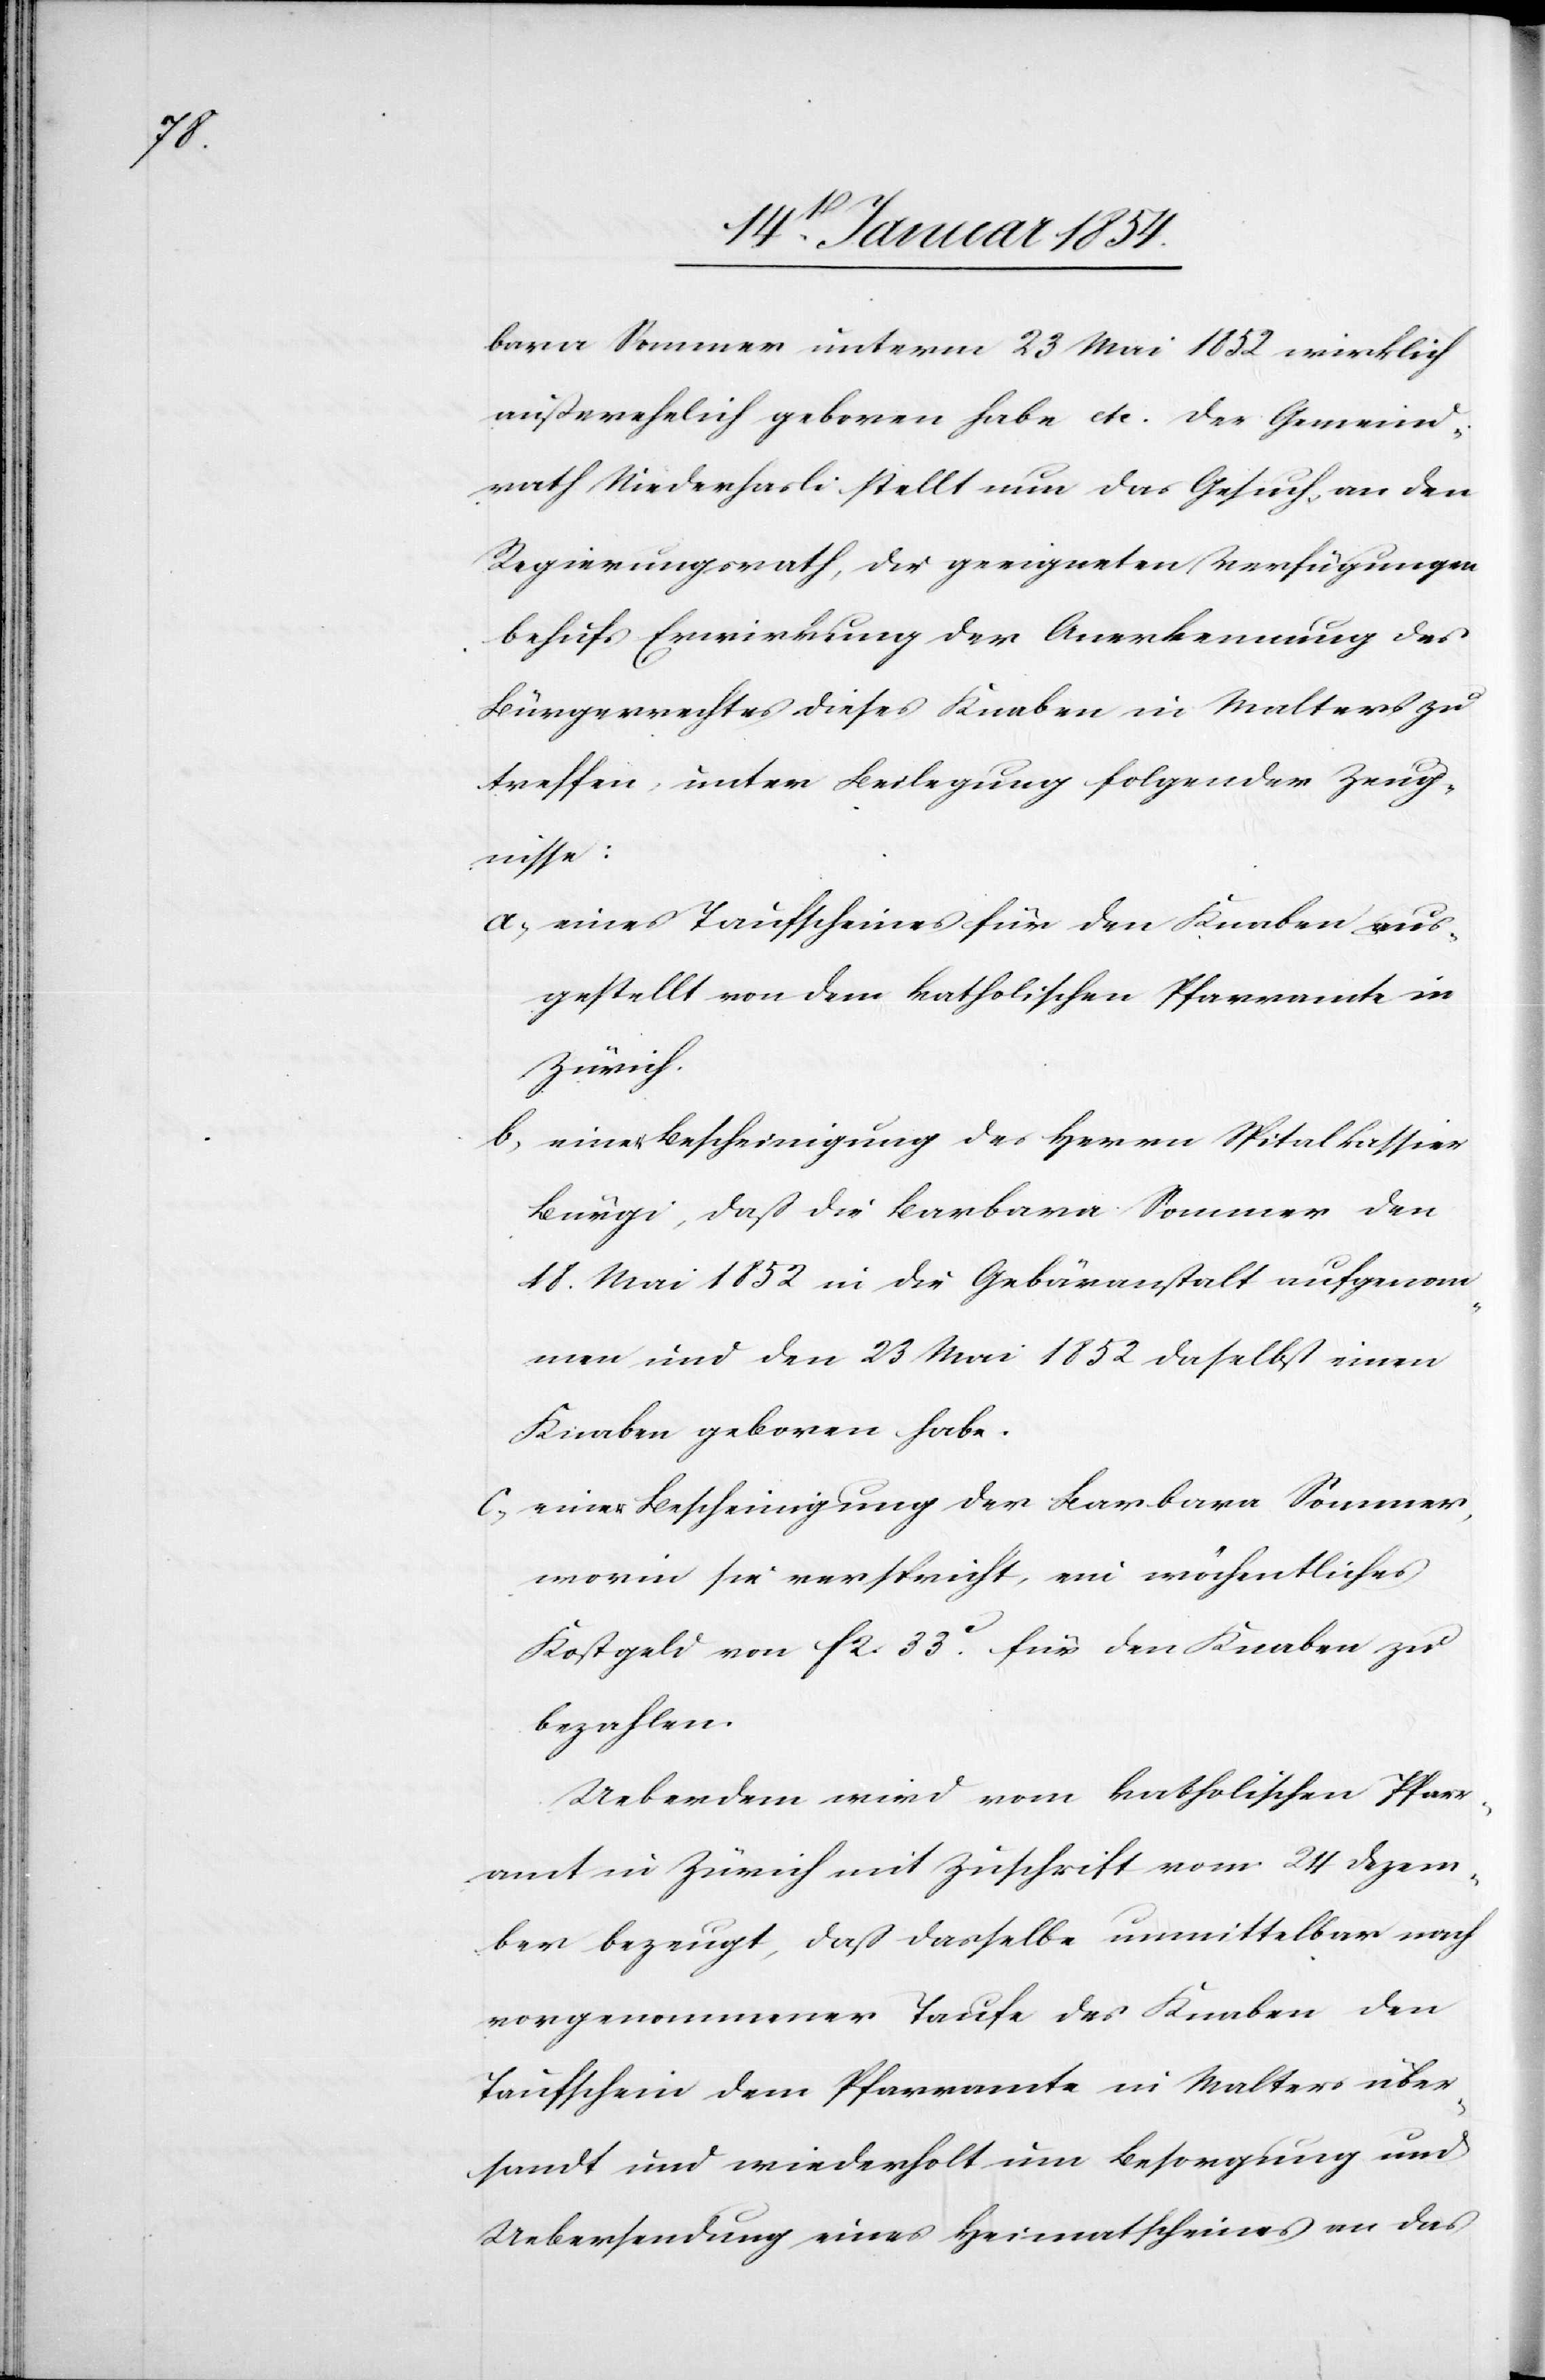
bara Sommer unterm 23 Mai 1852 wirklich
außerehelich geboren habe etc. Der Gemeind¬
rath Niederhasli stellt nun das Gesuch, an den
Regierungsrath, der geeigneten Verfügungen
behufs Erwirkung der Anerkennung des
Bürgerrechtes dieses Knaben in Malters zu
treffen, unter Beilegung folgender Zeug¬
nisse:
a) eines Taufscheines für den Knaben aus¬
gestellt von dem katholischen Pfarramte in
Zürich.
b) einer Bescheinigung des Herrn Spitalkassier
Bürgi, daß die Barbara Sommer den
18. Mai 1852 in die Gebäranstalt aufgenom¬
men und den 23 Mai 1852 daselbst einen
Knaben geboren habe.
c) einer Bescheinigung der Barbara Sommer,
worin sie verspricht, ein wöchentliches
Kostgeld von fcs 2. 33.c für den Knaben zu
bezahlen.
Ueberdem wird vom katholischen Pfarr¬
amt in Zürich mit Zuschrift vom 24 Dezem¬
ber bezeugt, daß dasselbe unmittelbar nach
vorgenommener Taufe des Knaben den
Taufschein dem Pfarramte in Malters über¬
sandt und wiederholt um Besorgung und
Uebersendung eines Heimatscheines an das